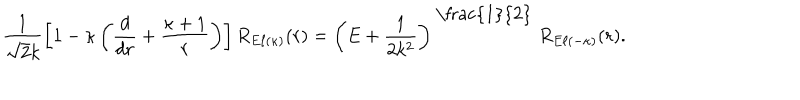
\frac { 1 } { \sqrt { 2 } k } \left[ 1 - \kappa \left( \frac { d } { d r } + \frac { \kappa + 1 } { r } \right) \right] R _ { E \ell ( \kappa ) } ( r ) = \left( E + \frac { 1 } { 2 k ^ { 2 } } \right) ^ { \mathrm { ~ \frac { 1 } { 2 } ~ } } R _ { E \ell ( - \kappa ) } ( r ) .